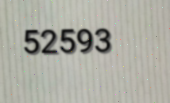
52593